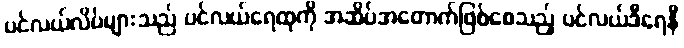
ပင်လယ်လိပ်များသည် ပင်လယ်ရေထုကို အဆိပ်အတောက်ဖြစ်စေသည့် ပင်လယ်ဒီရေနီ